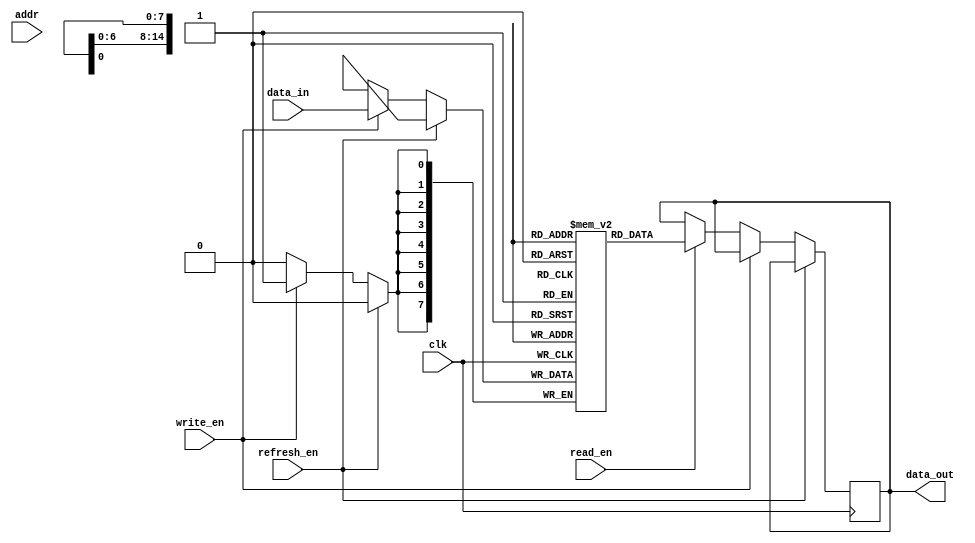
module SDRAM (
    input wire clk,
    input wire [7:0] addr,
    input wire write_en,
    input wire read_en,
    input wire refresh_en,
    input wire [7:0] data_in,
    output reg [7:0] data_out
);

parameter ROWS = 128;
parameter COLS = 256;

reg [7:0] memory [0:ROWS-1][0:COLS-1];
reg [7:0] read_data;
reg [7:0] write_data;

always @(posedge clk) begin
    if (refresh_en) begin
        // Refresh operation
        // Add refresh logic here
    end else if (write_en) begin
        // Write operation
        memory[addr[6:0]][addr[14:7]] <= data_in;
    end else if (read_en) begin
        // Read operation
        read_data <= memory[addr[6:0]][addr[14:7]];
    end
end

assign data_out = read_data;

endmodule